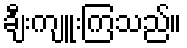
ချီးကျူးကြသည်။